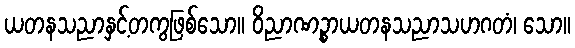
ယတနသညာနှင့်တကွဖြစ်သော။ ဝိညာဏဉ္စာယတနသညာသဟဂတံ၊ သော။